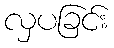
လှပခြင်း